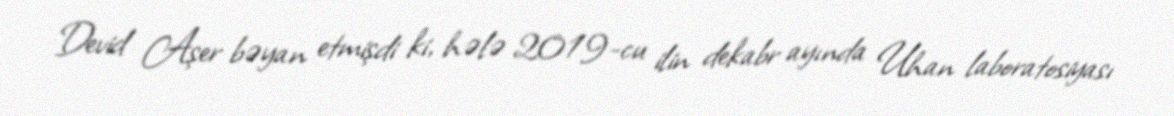
Devid Aşer bəyan etmişdi ki, hələ 2019-cu ilin dekabr ayında Uhan laboratosiyası